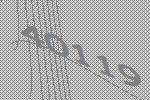
40119